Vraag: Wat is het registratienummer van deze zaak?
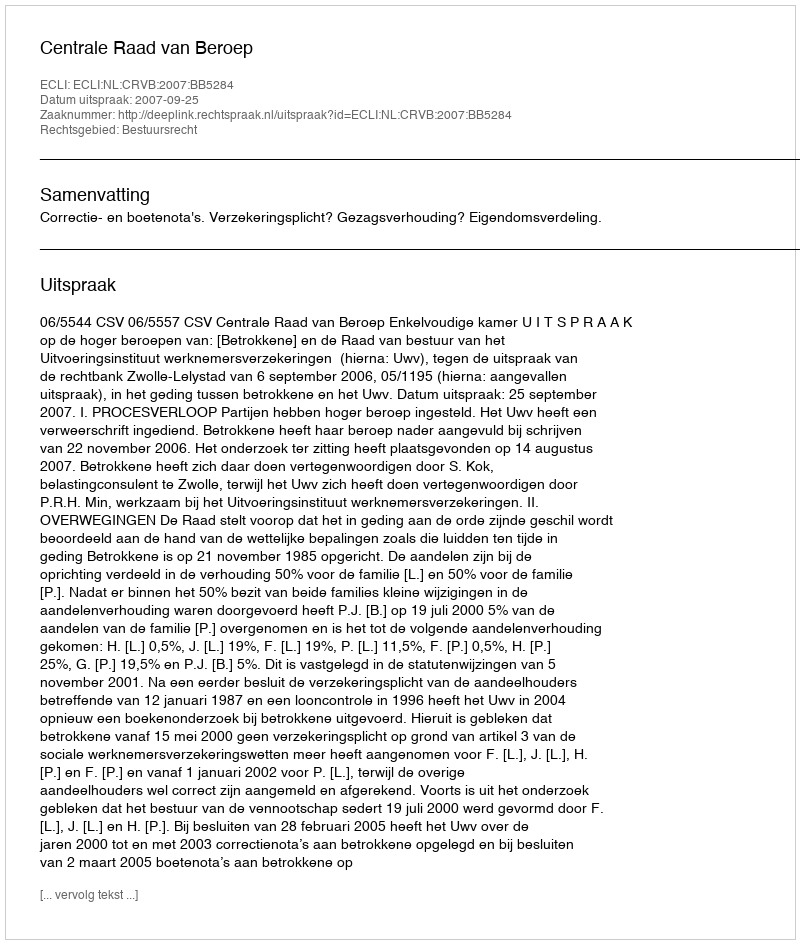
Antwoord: http://deeplink.rechtspraak.nl/uitspraak?id=ECLI:NL:CRVB:2007:BB5284